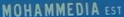
MOHAMMEDIAEST